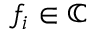
f _ { i } \in \mathbb { C }